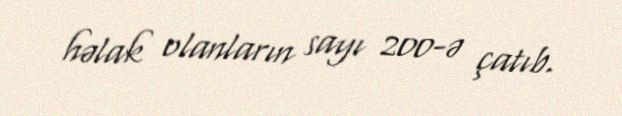
həlak olanların sayı 200-ə çatıb.